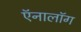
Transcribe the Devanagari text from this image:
ऍनालॉग